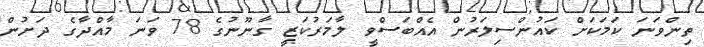
ތިންވަނަ ކަމަކަށް ކައުންސިލަރުން އެއްބަސްވީ ލާމަރުކަޒީ ގާނޫނުގެ 78 ވަނަ މާއްދާގެ ދަށުން